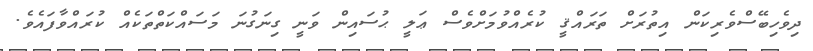
ދިވެހިބޭސްވެރިކަން އިތުރަށް ތަރައްޤީ ކުރެއްވުމަށްވެސް ޢަލީ ޙުސައިން ވަނީ ގިނަގުނަ މަސައްކަތްތަކެއް ކުރައްވާފައެވެ.